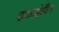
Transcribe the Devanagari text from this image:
इकाईहीन